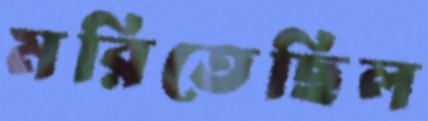
মরিতেছিল